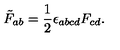
\tilde { F } _ { a b } = \frac { 1 } { 2 } \epsilon _ { a b c d } F _ { c d } .